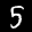
Label: 5